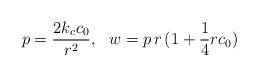
LaTeX: \begin{align*}p=\frac{2 k_{c} c_{0}}{r^2},~~w=p\,r\,(1+\frac{1}{4} r c_{0})\end{align*}